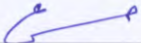
مسرع